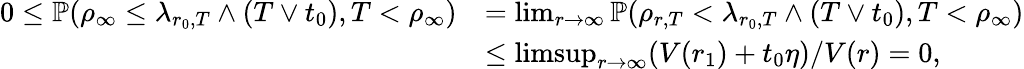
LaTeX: \begin{array}{rl}{0\leq\mathbb P(\rho_{\infty}\leq\lambda_{r_{0},T}\wedge(T\vee t_{0}),T<\rho_{\infty})}&{=\operatorname*{lim}_{r\to\infty}\mathbb P(\rho_{r,T}<\lambda_{r_{0},T}\wedge(T\vee t_{0}),T<\rho_{\infty})}\\ &{\leq\operatorname*{limsup}_{r\to\infty}(V(r_{1})+t_{0}\eta)/V(r)=0,}\end{array}